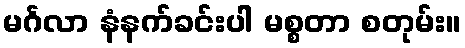
မင်္ဂလာ နံနက်ခင်းပါ မစ္စတာ စတုမ်း။